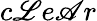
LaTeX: c\mathscr{L}e\mathscr{A}r